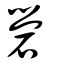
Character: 礐